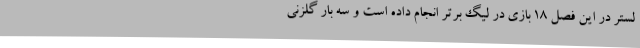
لستر در این فصل 18 بازی در لیگ برتر انجام داده است و سه بار گلزنی